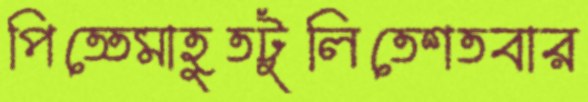
পিত্তেমাহুতটুলিতেশতবার